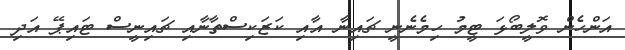
އަންހެން ވޮލީބޯޅަ ޓީމު ހިމެނެނީ ޗައިނާ އާއި ކަޒަކިސްތާނާއި ޗައިނީސް ޓައިޕޭ އަދި